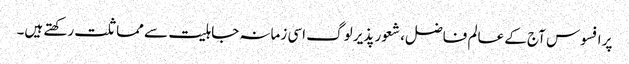
پر افسوس آج کے عالم فاضل، شعور پذیر لوگ اسی زمانہ جاہلیت سے مماثلت رکھتے ہیں۔